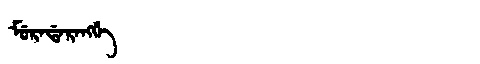
Manchu: ᠮᡠᡵᠠᡩᠠᡵᠠᠩᡤᡝ
Romanization: MURADARANGGE